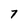
Character: 7